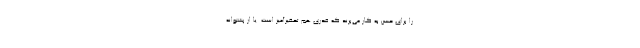
را برای حسن به کار می‌برند که قدری هم تحقیرآمیز است. یا از پشتوانه